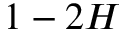
1 - 2 H